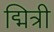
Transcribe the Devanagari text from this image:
द्मित्री